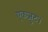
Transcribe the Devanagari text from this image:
एकजुट।